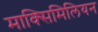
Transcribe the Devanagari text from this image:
माक्सिमिलियन